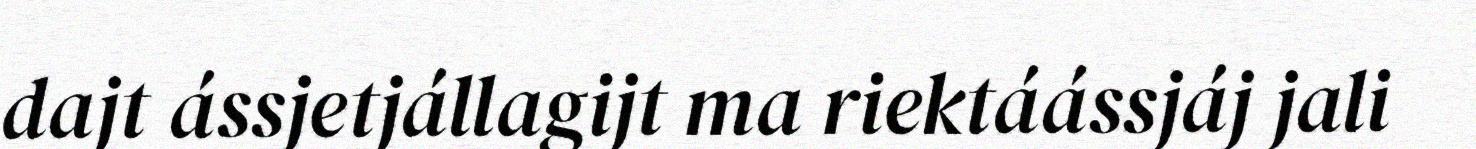
dajt ássjetjállagijt ma riektáássjáj jali